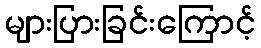
များပြားခြင်းကြောင့်